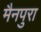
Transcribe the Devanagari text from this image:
मैनपुरा